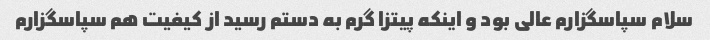
سلام سپاسگزارم عالی بود و اینکه پیتزا گرم به دستم رسید از کیفیت هم سپاسگزارم